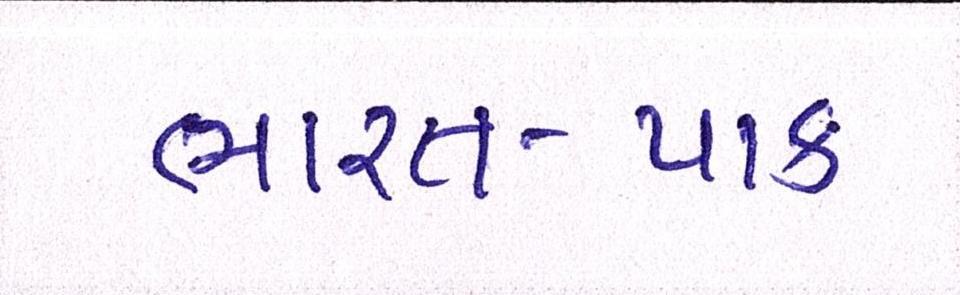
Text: ભારત-પાક